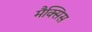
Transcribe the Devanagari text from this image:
मैक्सिस